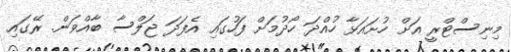
މިނިސްޓްރީ އަށް ހުށައަޅާ ހުއްދަ ހޯދުމަށް ފަހުގައި އެފަދަ ޖަލްސާ ބާއްވަން. ރޭގައި